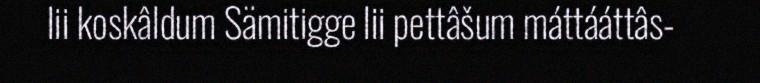
lii koskâldum Sämitigge lii pettâšum máttááttâs-